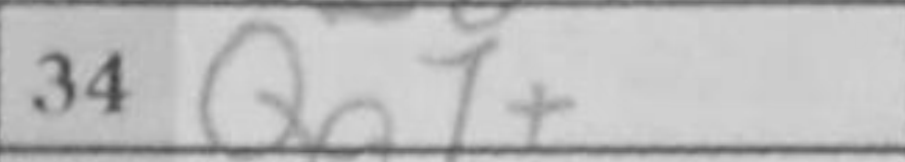
Transcription: Qa7+